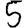
Digit: 5